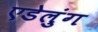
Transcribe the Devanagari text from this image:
एडेलुंग